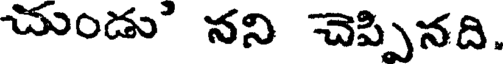
చుండు' నని చెప్పినది.